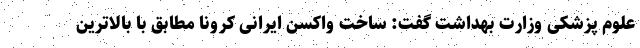
علوم پزشکی وزارت بهداشت گفت: ساخت واکسن ایرانی کرونا مطابق با بالاترین